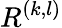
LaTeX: R^{(k,l)}